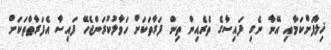
ޚިލާފަށްކަމާއި އޭނާ ނެގި ފައިސާގެ ތެރެއިން ތިން ފަރާތަކަށް ހަވާލުކުރަންޖެހޭ ފައިސާ އެފަރާތްތަކަށް